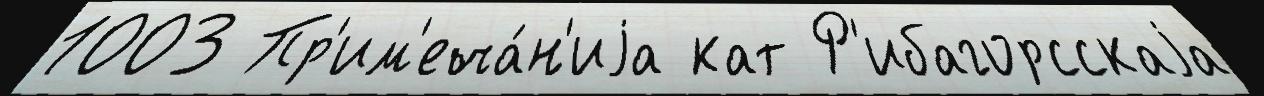
1003 Пр'им'еча́н'иjа кат Р'ибагорсскаjа